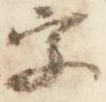
字